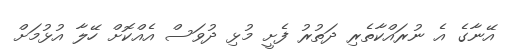
އޭނާގެ އެ ނުރައްކާތެރި ދަތުރު ފެށީ މުޅި ދުވަސް އެއްކޮށް ހޭލާ އުޅުމަށް